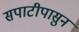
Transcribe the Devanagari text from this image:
सपाटीपासुन